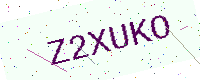
Text: Z2XUKO